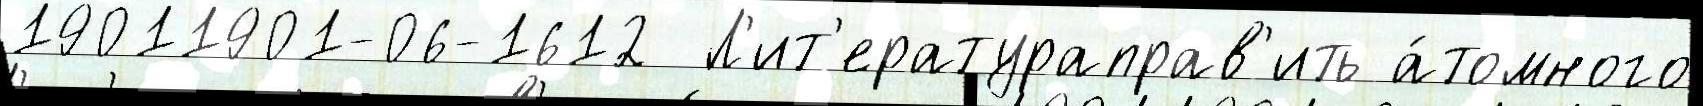
19011901-06-1612  Л'ит'ератураправ'ить а́томного